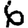
Digit: 6